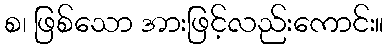
စ၊ ဖြစ်သော အားဖြင့်လည်းကောင်း။